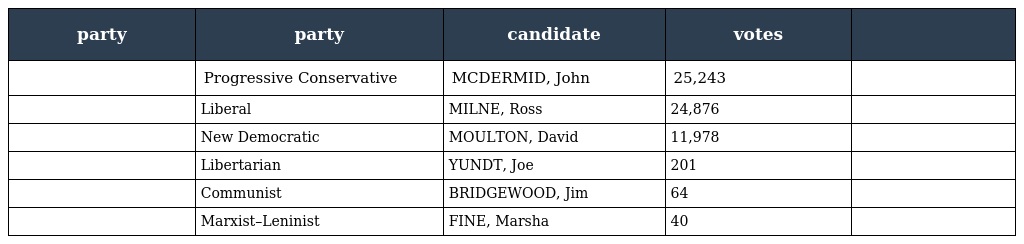
| party | party | candidate | votes |  |
 | --- | --- | --- | --- | --- |
 |  | Progressive Conservative | MCDERMID, John | 25,243 |  |
 |  | Liberal | MILNE, Ross | 24,876 |  |
 |  | New Democratic | MOULTON, David | 11,978 |  |
 |  | Libertarian | YUNDT, Joe | 201 |  |
 |  | Communist | BRIDGEWOOD, Jim | 64 |  |
 |  | Marxist–Leninist | FINE, Marsha | 40 |  |